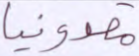
مقدونيا